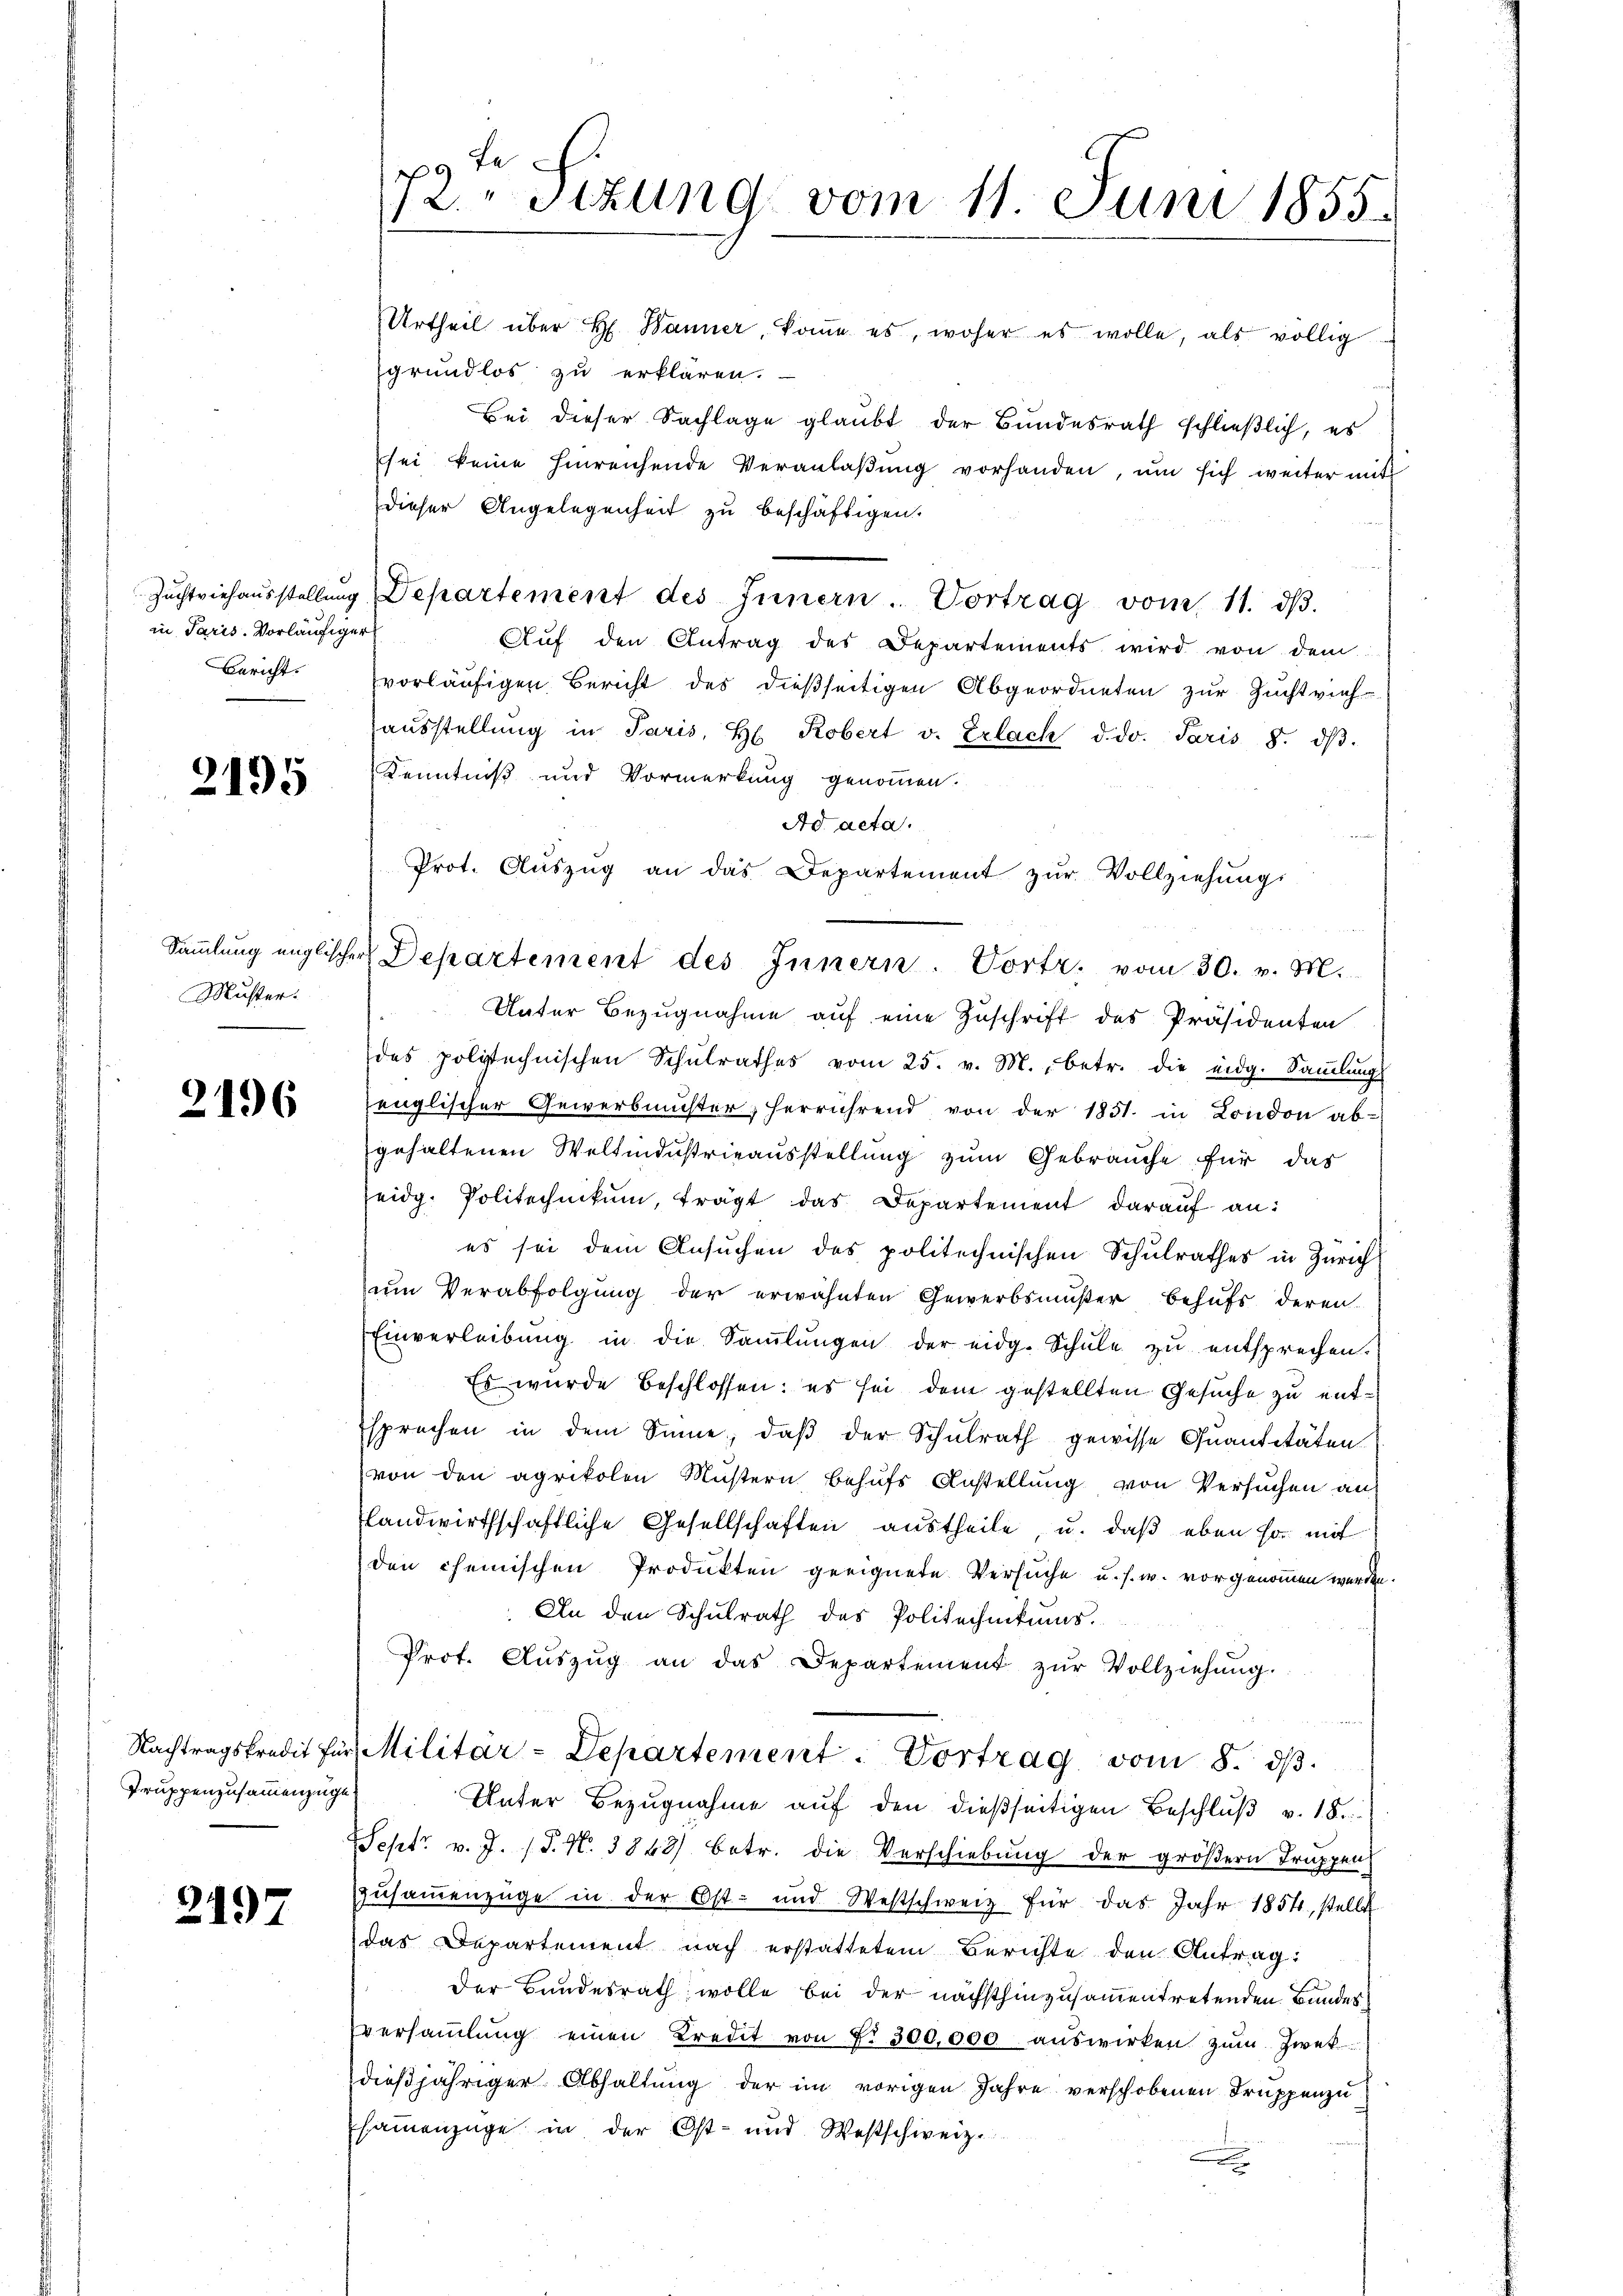
in Paris. Vorläufiger
Bericht.

2195

Muster.

2196

Truppenzusammenzüge.

2197

9 xx
12. Sitzung vom 11. Juni 1855.

Urtheil über H. Banner, komme es, woher es wolle, als völlig
grundlos zu erklären.
Bei dieser Sachlage glaubt der Bundesrath schließlich, es
sei keine hinreichende Veranlaßung vorhanden, um sich weiter mit
dieser Angelegenheit zu beschäftigen.
Zŭchtviehaŭsstellŭng, Departement des Innern. Vortrag vom 11. dβ.
Aŭf den Antrag des Departements wird von dem
vorläufigen Bericht des dießseitigen Abgeordneten zur Zuchtvieh-
aŭsstellŭng in Paris, H. Robert v. Erlach d. d. Paris 8. dβ.
Kenntniß und Vormerkung genommen.
Ad acta.
Prot. Aŭszŭg an das Departement zŭr Vollziehung
Unter Bezugnahme auf eine Zuschrift des Präsidenten
des politechnischen Schŭlrathes vom 25. v. M., betr. die eidg. Saṁlŭng
englischer Gewerbmuster, herrührend von der 1851. in London ab-
gehaltenen Weltindustrieausstellung zum Gebrauche für das
eidg. Politechnikum, trägt das Departement darauf an:
es sei dem Ansuchen des politechnischen Schulrathes in Zürich
um Verabfolgung der erwähnten Gewerbsmußer behufs deren
Einverleibŭng in die Saṁlŭngen der eidg. Schŭle zŭ entsprechen.
Es wurde beschlossen: es sei dem gestellten Gesuche zu entsprechen in dem Sinne, daß der Schulrath gewisse Quantitäten
von den agrikolen Müstern behufs Anstellung von Versuchen an
slandwirthschaftliche Gesellschaften austheile, u. daß eben so mit
den chemischen Produkten geeignete Versuche u. s. w. vorgenommen werden.
 An den Schulrath des Politechnikums.
Prot. Aŭszŭg an das Departement zŭr Vollziehŭng.
Nachtragskredit für Militär-Departement. Vortrag vom 8. dβ.
Unter Bezŭgnahme aŭf den dießseitigen Beschlŭβ v. 18.
Sept. v. J. J. N. 3843) betr. die Verschiebung der größern Truppen
Zŭsaṁenzüge in der Ost- und Westschweiz für das Jahr 1854, stellt
das Departement nach erstattetem Berichte den Antrag:
Der Bundesrath wolle bei der nächsthinzusammentretenden Bundes
versaṁlŭng einen Kredit von f. 300,000 aŭswirken zŭm Zwek
dießjähriger Abhaltung der im vorigen Jahre verschobenen Truppenzu
sammenzüge in der Ost- und Westschweiz.

Saṁlŭng englischer Departement des Innern. Vortr. vom 30. v. M.